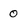
Character: 0